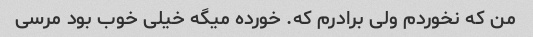
من که نخوردم ولی برادرم که. خورده میگه خیلی خوب بود مرسی